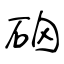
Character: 硇